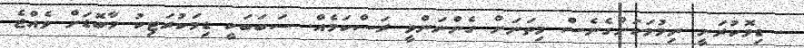
. ޑިމޮކުރަށީ ނިމުމަކަށްގެނެސް މިތަނަށް ގެންނަންވީ ރަސްކަމެއް. ސަބަބަކީ ޑިމަކުރަޓިކު މާބޮޑަށް ވެއްޖެ